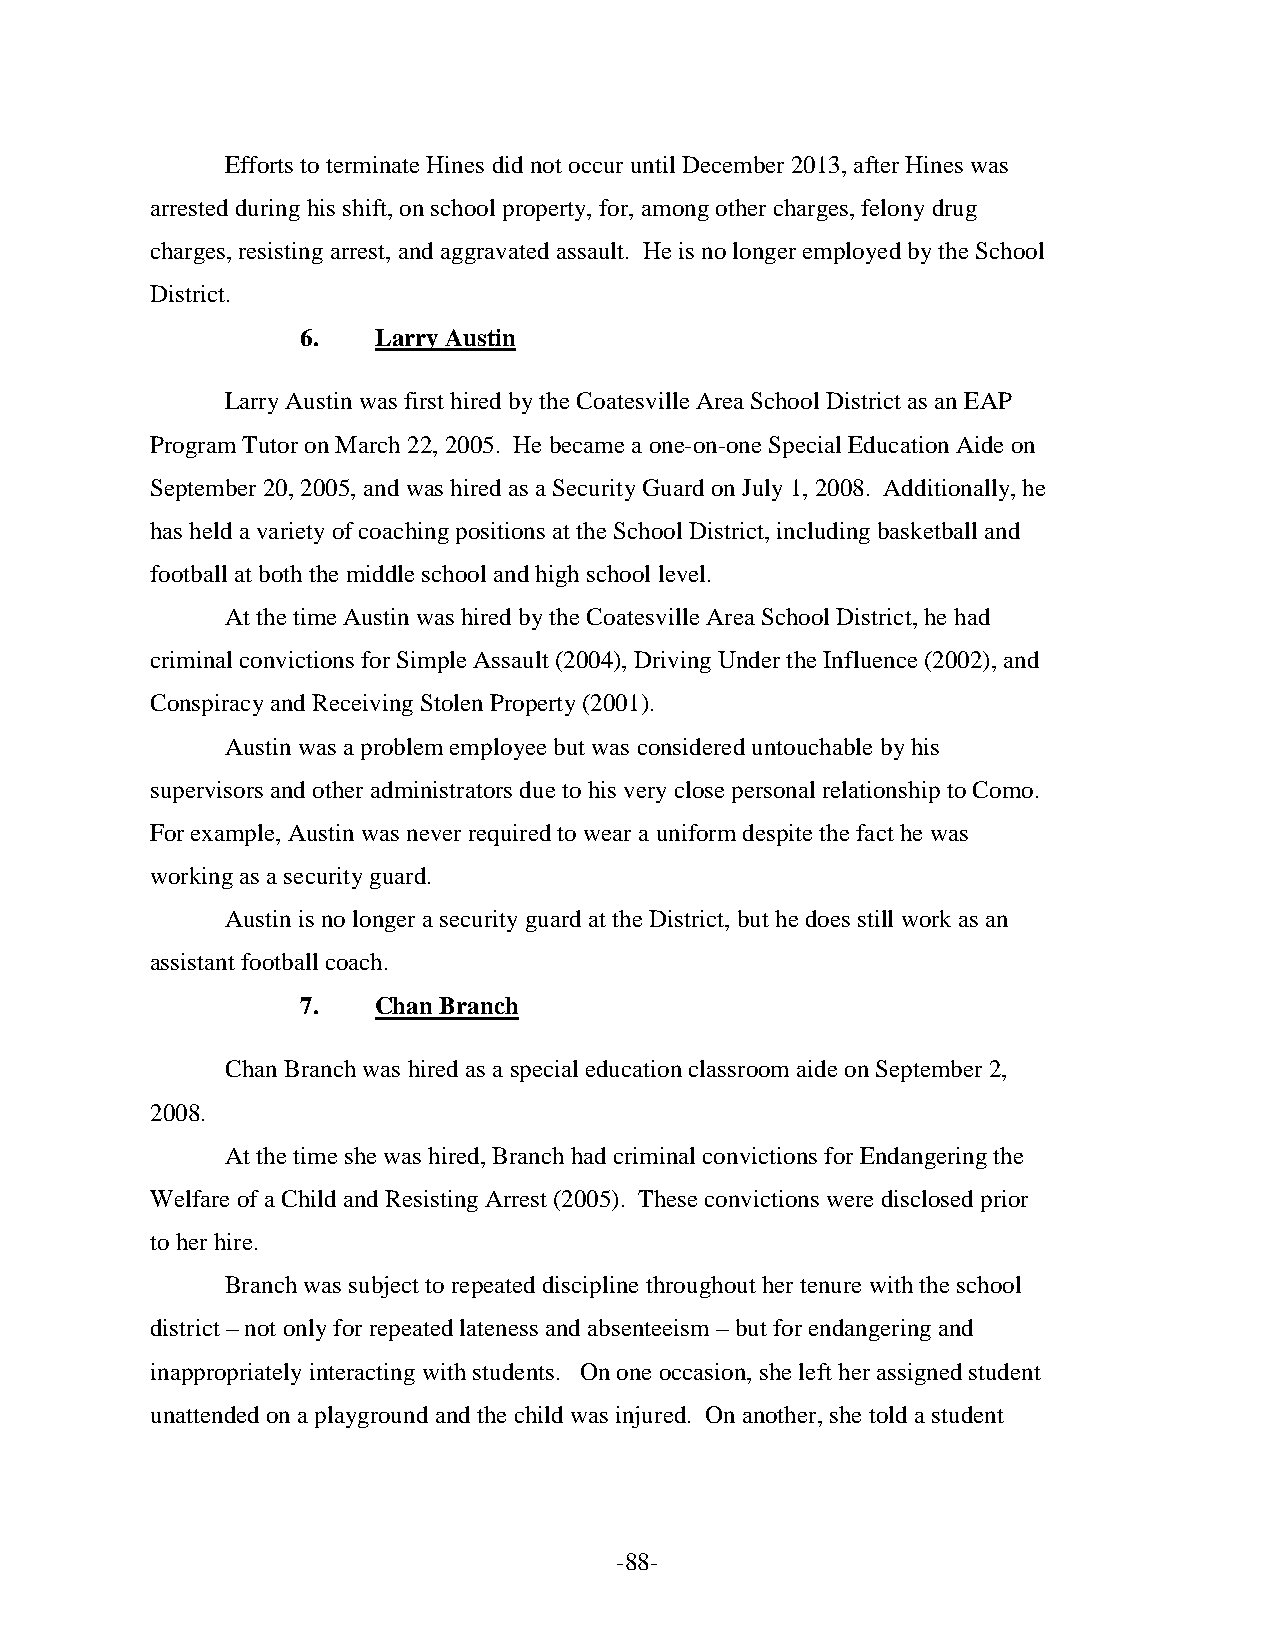
Efforts to terminate Hines did not occur until December 2013, after Hines was
 arrested during his shift, on school property, for, among other charges, felony drug
 charges, resisting arrest, and aggravated assault. He is no longer employed by the School
 District.
 6.   Larry Austin
 Larry Austin was first hired by the Coatesville Area School District as an EAP
 Program Tutor on March 22, 2005. He became a one-on-one Special Education Aide on
 September 20, 2005, and was hired as a Security Guard on July 1, 2008. Additionally, he
 has held a variety of coaching positions at the School District, including basketball and
 football at both the middle school and high school level.
 At the time Austin was hired by the Coatesville Area School District, he had
 criminal convictions for Simple Assault (2004), Driving Under the Influence (2002), and
 Conspiracy and Receiving Stolen Property (2001).
 Austin was a problem employee but was considered untouchable by his
 supervisors and other administrators due to his very close personal relationship to Como.
 For example, Austin was never required to wear a uniform despite the fact he was
 working as a security guard.
 Austin is no longer a security guard at the District, but he does still work as an
 assistant football coach.
 7.   Chan Branch
 Chan Branch was hired as a special education classroom aide on September 2,
 2008.
 At the time she was hired, Branch had criminal convictions for Endangering the
 Welfare of a Child and Resisting Arrest (2005). These convictions were disclosed prior
 to her hire.
 Branch was subject to repeated discipline throughout her tenure with the school
 district – not only for repeated lateness and absenteeism – but for endangering and
 inappropriately interacting with students. On one occasion, she left her assigned student
 unattended on a playground and the child was injured. On another, she told a student
 -88-